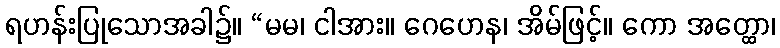
ရဟန်းပြုသောအခါ၌။ “မမ၊ ငါအား။ ဂေဟေန၊ အိမ်ဖြင့်။ ကော အတ္ထော၊